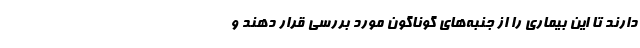
دارند تا این بیماری را از جنبه‌های گوناگون مورد بررسی قرار دهند و